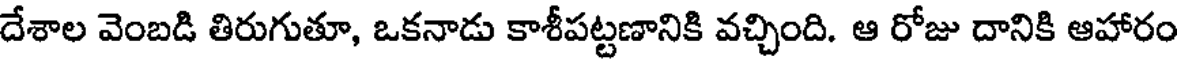
దేశాల వెంబడి తిరుగుతూ, ఒకనాడు కాశీపట్టణానికి వచ్చింది. ఆ రోజు దానికి ఆహారం